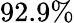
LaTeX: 92.9\%